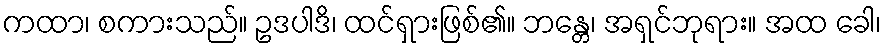
ကထာ၊ စကားသည်။ ဥဒပါဒိ၊ ထင်ရှားဖြစ်၏။ ဘန္တေ၊ အရှင်ဘုရား။ အထ ခေါ၊